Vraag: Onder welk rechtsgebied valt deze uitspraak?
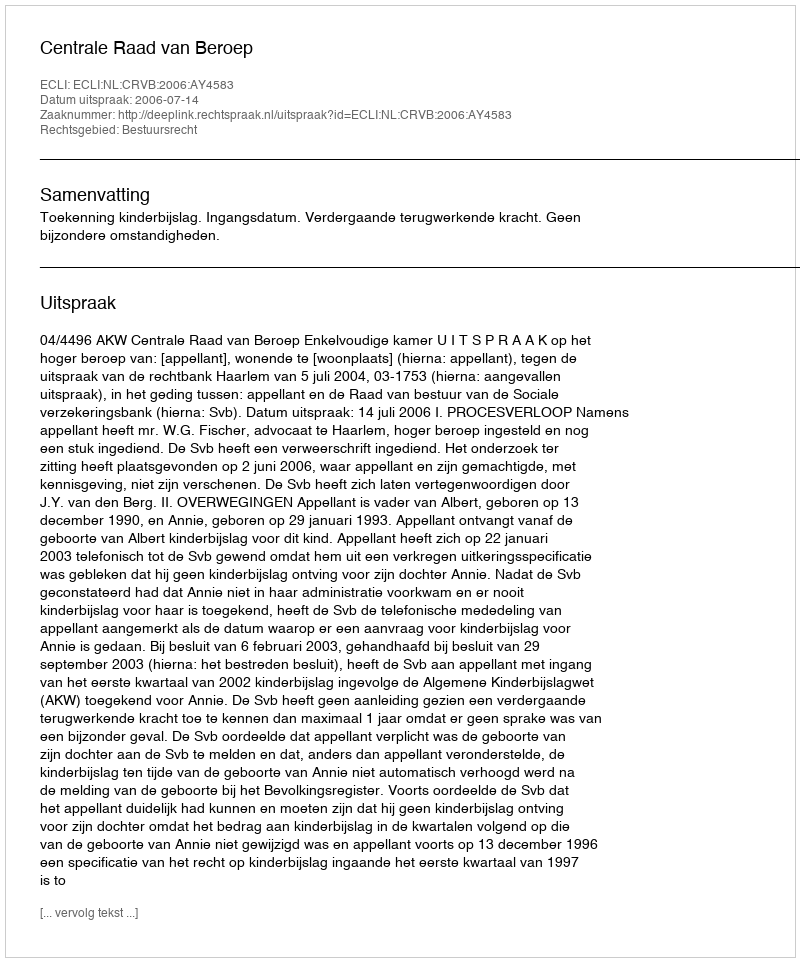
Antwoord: Bestuursrecht